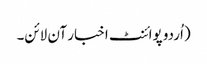
(اُردو پوائنٹ اخبار آن لائن۔